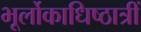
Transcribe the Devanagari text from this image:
भूर्लोकाधिष्ठात्रीं